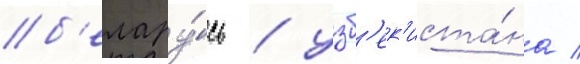
б'елару́сь / узб'ек'иста́на /